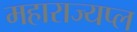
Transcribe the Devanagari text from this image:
महाराज्यप्ल